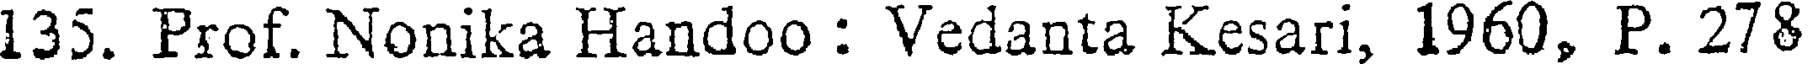
135. Prof. Nonika Handoo : Vedanta Kesari, 1960, P. 278